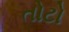
તોટો